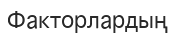
Факторлардың